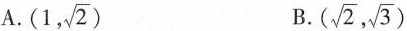
A. (1, \sqrt{2}) B. (\sqrt{2}, \sqrt{3})